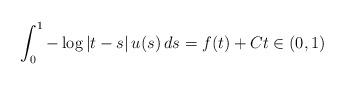
LaTeX: \begin{align*} \int_0^1 -\log| t - s| \, u( s) \, d s = f ( t) + C t \in (0,1)\end{align*}